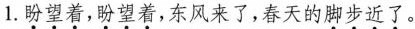
1.\underset{·}{盼}\underset{·}{望}\underset{·}{着},\underset{·}{盼}\underset{·}{望}\underset{·}{着},东风来了,春天的\underset{·}{脚}\underset{·}{步}\underset{·}{近}\underset{·}{了}。